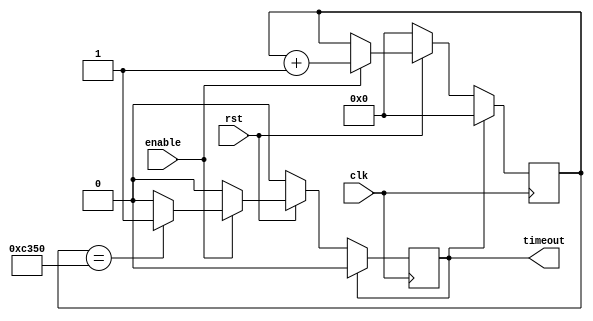
module one_ms_timer(clk, rst, enable, timeout);

	input clk, rst, enable;
	output timeout;
	reg timeout;

	reg [15:0] count;

	always @(posedge clk)
		begin
			if(timeout == 1)
				begin
					count <= 0;
					timeout <= 0;
				end
			else if(rst == 0)
				begin
					count <= 0;
					timeout <= 0;
				end
			else if(enable == 1)
				begin
					count <= count + 1;
					if(count == 50000)
						timeout <= 1;
				end
		end
endmodule